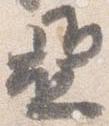
亜